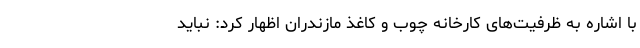
با اشاره به ظرفیت‌های کارخانه چوب و کاغذ مازندران اظهار کرد: نباید